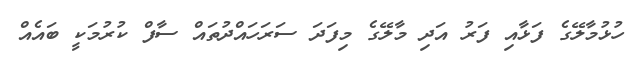
ހުޅުމާލޭގެ ފަޅާއި ފަރު އަދި މާލޭގެ މިފަދަ ސަރަހައްދުތައް ސާފް ކުރުމަކީ ބައެއް